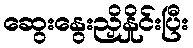
ဆွေးနွေးညှိနှိုင်းပြီး